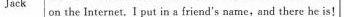
Jack on the Internet,I put in a friend's name,and there he is!